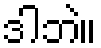
ဒါဘဲ။